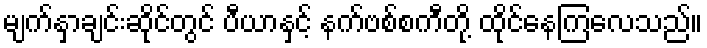
မျက်နှာချင်းဆိုင်တွင် ပီယာနှင့် နက်ဗစ်စကီတို့ ထိုင်နေကြလေသည်။